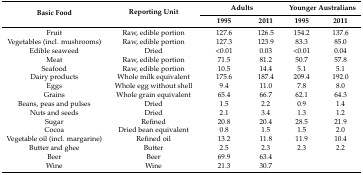
<table><thead><tr><td rowspan="2"><b>Basic Food</b></td><td rowspan="2"><b>Reporting Unit</b></td><td colspan="2"><b>Adults</b></td><td colspan="2"><b>Younger Australians</b></td></tr><tr><td><b>1995</b></td><td><b>2011</b></td><td><b>1995</b></td><td><b>2011</b></td></tr></thead><tbody><tr><td>Fruit</td><td>Raw, edible portion</td><td>127.6</td><td>126.5</td><td>154.2</td><td>137.6</td></tr><tr><td>Vegetables (incl. mushrooms)</td><td>Raw, edible portion</td><td>127.3</td><td>123.9</td><td>83.3</td><td>85.0</td></tr><tr><td>Edible seaweed</td><td>Dried</td><td>&lt;0.01</td><td>0.03</td><td>&lt;0.01</td><td>0.04</td></tr><tr><td>Meat</td><td>Raw, edible portion</td><td>71.5</td><td>81.2</td><td>50.7</td><td>57.8</td></tr><tr><td>Seafood</td><td>Raw, edible portion</td><td>10.5</td><td>14.4</td><td>5.1</td><td>5.1</td></tr><tr><td>Dairy products</td><td>Whole milk equivalent</td><td>175.6</td><td>187.4</td><td>209.4</td><td>192.0</td></tr><tr><td>Eggs</td><td>Whole egg without shell</td><td>9.4</td><td>11.0</td><td>7.8</td><td>8.0</td></tr><tr><td>Grains</td><td>Whole grain equivalent</td><td>65.4</td><td>66.7</td><td>62.1</td><td>64.3</td></tr><tr><td>Beans, peas and pulses</td><td>Dried</td><td>1.5</td><td>2.2</td><td>0.9</td><td>1.4</td></tr><tr><td>Nuts and seeds</td><td>Dried</td><td>2.1</td><td>3.4</td><td>1.3</td><td>1.2</td></tr><tr><td>Sugar</td><td>Refined</td><td>20.8</td><td>20.4</td><td>28.5</td><td>21.9</td></tr><tr><td>Cocoa</td><td>Dried bean equivalent</td><td>0.8</td><td>1.5</td><td>1.5</td><td>2.0</td></tr><tr><td>Vegetable oil (incl. margarine)</td><td>Refined oil</td><td>13.2</td><td>11.8</td><td>11.9</td><td>10.4</td></tr><tr><td>Butter and ghee</td><td>Butter</td><td>2.5</td><td>2.3</td><td>2.3</td><td>2.2</td></tr><tr><td>Beer</td><td>Beer</td><td>69.9</td><td>63.4</td><td></td><td></td></tr><tr><td>Wine</td><td>Wine</td><td>21.3</td><td>30.7</td><td></td><td></td></tr></tbody></table>